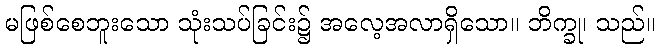
မဖြစ်စေဘူးသော သုံးသပ်ခြင်း၌ အလေ့အလာရှိသော။ ဘိက္ခု၊ သည်။